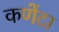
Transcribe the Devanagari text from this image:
कणेंटा